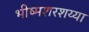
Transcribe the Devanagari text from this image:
भीष्मशरशय्या